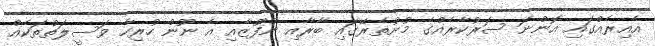
އެއިރެއްގައި އޮންނަ ސަރުކާރެއްގެ މުށުތެރޭގައި ބާރާއި ނުފޫޒާއި އެ ނޫން ހުރިހާ ވަސީލަތްތަކެއް